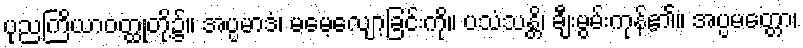
ပုညကြိယာဝတ္ထုတို့၌။ အပ္ပမာဒံ၊ မမေ့လျော့ခြင်းကို။ ပသံသန္တိ၊ ချီးမွမ်းကုန်၏။ အပ္ပမတ္တော၊